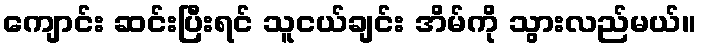
ကျောင်း ဆင်းပြီးရင် သူငယ်ချင်း အိမ်ကို သွားလည်မယ်။